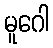
မူဂေါ